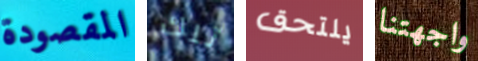
المقصودة تلك يلتحق واجهتنا